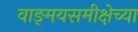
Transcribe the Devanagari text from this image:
वाङ्‌मयसमीक्षेच्या